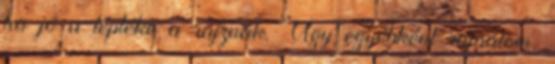
ha jó a léptéke a rajznak. Úgy egyébként sajnálom,